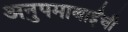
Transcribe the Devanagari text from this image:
अनुपमाबाईंची